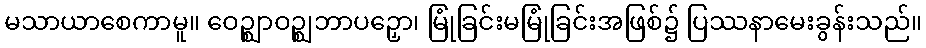
မသာယာစေကာမူ။ ဝေဉ္ဈာဝဉ္ဈဘာပဉှော၊ မြုံခြင်းမမြုံခြင်းအဖြစ်၌ ပြဿနာမေးခွန်းသည်။